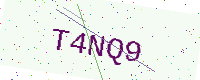
Text: T4NQ9